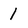
Character: 1